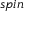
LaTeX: \mathfrak { s p i n }